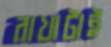
রাখাটাই